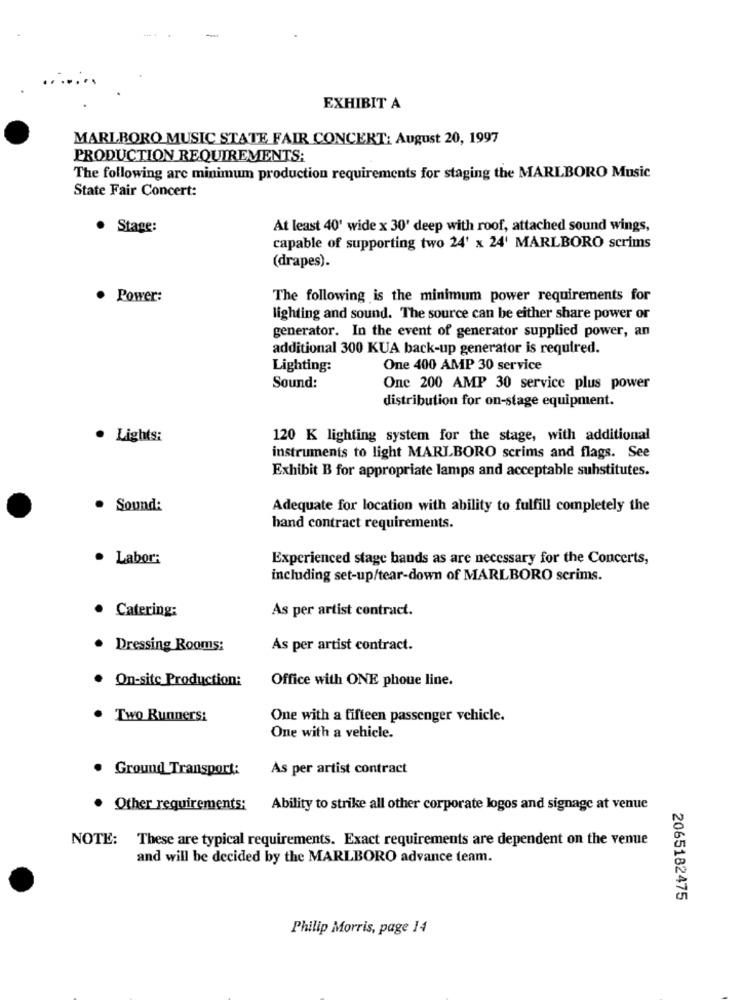
EXHIBIT A
MARLBORO MUSIC STATE FAIR CONCERT: August 20, 1997
PRODUCTION REQUIREMENTS:
The following are minimum production requirements for staging the MARLBORO Music
State Fair Concert:
· Stage:
At least 40' wide x 30' deep with roof, attached sound wings,
capable of supporting two 24' x 24' MARLBORO scrims
(drapes).
· Power:
The following is the minimum power requirements for
lighting and sound. The source can be either share power or
generator. In the event of generator supplied power, an
additional 300 KUA back-up generator is required.
Lighting:
One 400 AMP 30 service
Sound:
One 200 AMP 30 service plus power
distribution for on-stage equipment.
· Lights:
120 K lighting system for the stage, with additional
instruments to light MARLBORO scrims and flags. See
Exhibit B for appropriate lamps and acceptable substitutes.
. Sound:
Adequate for location with ability to fulfill completely the
hand contract requirements.
· Labor:
Experienced stage bands as are necessary for the Concerts,
including set-up/tear-down of MARLBORO scrims.
As per artist contract.
· Catering:
Dressing Rooms:
As per artist contract.
On-site Production:
Office with ONE phone line.
. Two Runners:
One with a fifteen passenger vehicle.
One with a vehicle.
. Ground Transport:
As per artist contract
· Other requirements:
Ability to strike all other corporate logos and signage at venue
NOTE:
These are typical requirements. Exact requirements are dependent on the venue
and will be decided by the MARLBORO advance team.
2065182475
Philip Morris, page 14